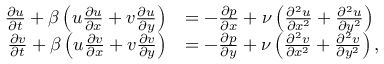
\begin{array} { r l } { \frac { \partial u } { \partial t } + \beta \left( u \frac { \partial u } { \partial x } + v \frac { \partial u } { \partial y } \right) } & { = - \frac { \partial p } { \partial x } + \nu \left( \frac { \partial ^ { 2 } u } { \partial x ^ { 2 } } + \frac { \partial ^ { 2 } u } { \partial y ^ { 2 } } \right) } \\ { \frac { \partial v } { \partial t } + \beta \left( u \frac { \partial v } { \partial x } + v \frac { \partial v } { \partial y } \right) } & { = - \frac { \partial p } { \partial y } + \nu \left( \frac { \partial ^ { 2 } v } { \partial x ^ { 2 } } + \frac { \partial ^ { 2 } v } { \partial y ^ { 2 } } \right) , } \end{array}